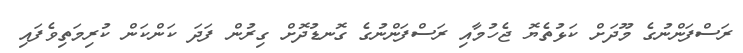
ރަސްފަންނުގެ މޫދަށް ކަޅުތެޔޮ ޖެހުމާއި ރަސްފަންނުގެ ގޮނޑުދޮށް ގިރުން ފަދަ ކަންކަން ކުރިމަތިވެފައި